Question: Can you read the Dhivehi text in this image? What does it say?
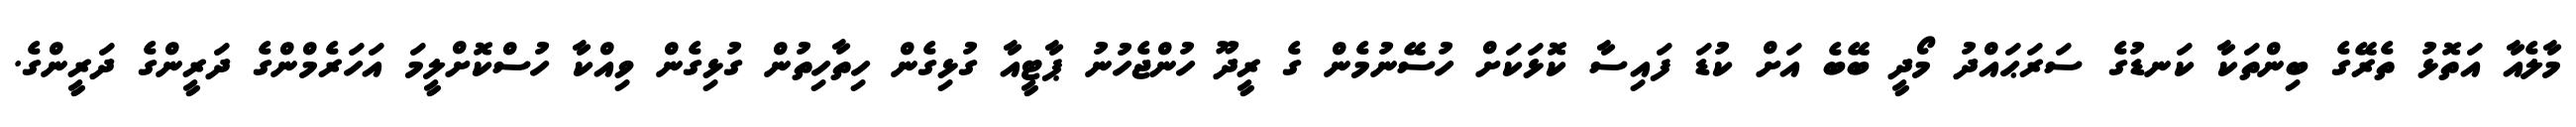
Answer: މާލެއާ އަތޮޅު ތެރޭގެ ބިންތަކާ ކަނޑުގެ ސަރަޙައްދު މޯދީ ބޭބެ އަށް ކުޑަ ފައިސާ ކޮޅަކަށް ހުސޭނުމެން ގެ ރީދޫ ހުންޖެހުނު ޕާޓީއާ ގުޅިގެން ހިތާހިތުން ގުޅިގެން ވިއްކާ ހުސްކޮށްލީމަ އަހަރެމްންގެ ދަރީންގެ ދަރީންގެ.